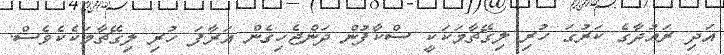
އަދި ރައުދާގެ ކަރުގަ ހުރި ލިގޭޗާމަކަކީ ސްކާފުން ދަންޖެހިގެން އަރާފަ ހުރި ލިގޭޗާމަކެކެވެސް.